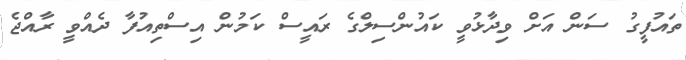
ތައުފީގު ސަން އަށް ވިދާޅުވީ ކައުންސިލްގެ ރައީސް ކަމުން އިސްތިއުފާ ދެއްވީ ރާއްޖެ